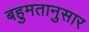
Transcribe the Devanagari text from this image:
बहुमतानुसार